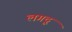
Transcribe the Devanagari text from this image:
लगदू